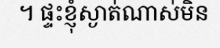
។ ផ្ទះខ្ញុំស្ងាត់ណាស់មិន